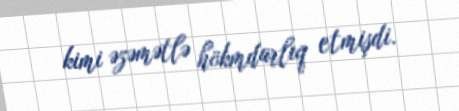
kimi əzəmətlə hökmdarlıq etmişdi.